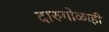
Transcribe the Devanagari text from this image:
दारुगोळाही